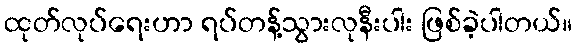
ထုတ်လုပ်ရေးဟာ ရပ်တန့်သွားလုနီးပါး ဖြစ်ခဲ့ပါတယ်။